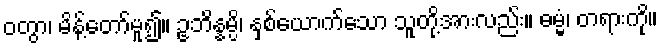
ဝတွာ၊ မိန့်တော်မူ၍။ ဥဘိန္နမ္ပိ၊ နှစ်ယောက်သော သူတို့အားလည်း။ ဓမ္မံ၊ တရားကို။